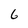
Character: 6